Civil Veterinary Department Bihar reports 1936-40 - 1936-1940
Year: 1936
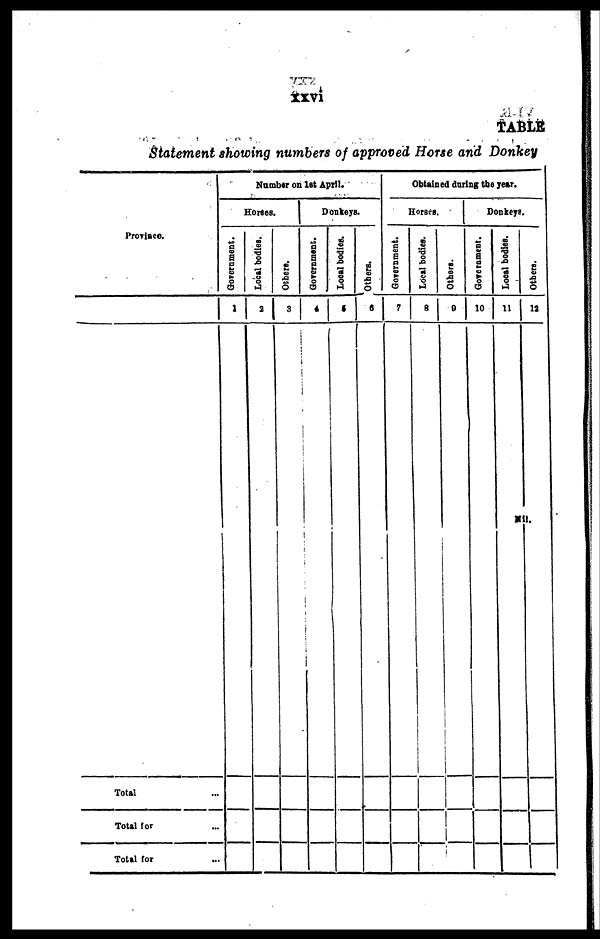
xxvi
TABLE
Statement showing numbers of approved Horse and Donkey
Province.
Total ...
Total for ...
Total for ...
Number on 1st April.
Horses.
Government.
1
Local bodies.
2
Others.
3
Donkeys
Government.
4
Local bodies.
5
Others.
6
Obtained during the year.
Horses.
Government.
7
Local bodies.
8
Others.
9
Donkeys.
Government.
10
Local bodies.
11
Others.
12
Nil.